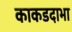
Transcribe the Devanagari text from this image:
काकडदाभा